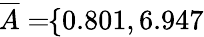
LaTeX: \! \! \! \! \! \! \! \; \; \; \; \overline{{A}}=\! \! \{ 0.801,6.947\} \! \! \!